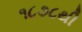
૧૮૭૮થી